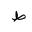
Letter: _da